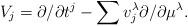
LaTeX: \begin{align*} V_j=\partial/\partial t^j-\sum v_j^\lambda\partial/\partial \mu^\lambda.\end{align*}